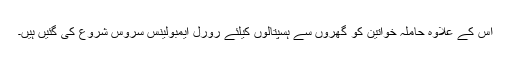
اس کے علاوہ حاملہ خواتین کو گھروں سے ہسپتالوں کیلئے رورل ایمبولینس سروس شروع کی گئیں ہیں۔